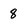
Character: 8